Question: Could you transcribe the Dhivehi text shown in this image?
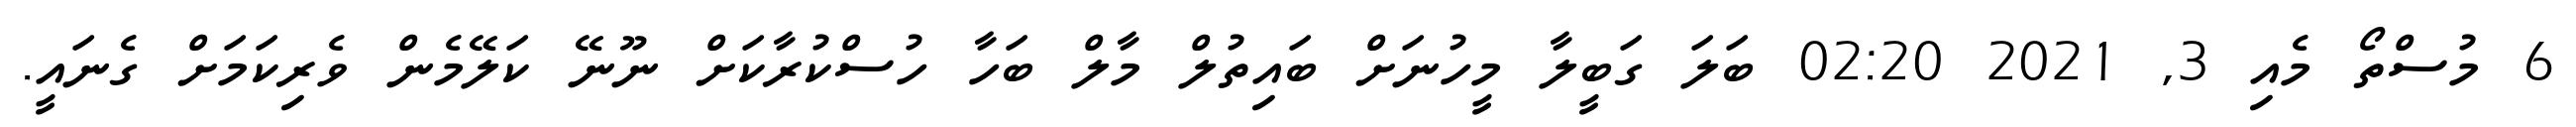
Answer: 6 މުސްތޯ މެއި 3, 2021 02:20 ބަލަ ގަބީލާ މީހުނަށް ބައިތުލް މާލް ބަހާ ހުސްކުރާކަށް ނޫނޭ ކަލޭމެން ވެރިކަމަށް ގެނައީ.